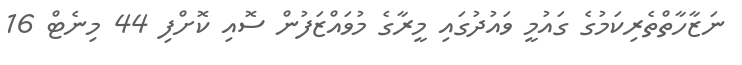
ނަޒާހާތްތެރިކަމުގެ ގައުމީ ވައުދުގައި މީރާގެ މުވައްޒަފުން ސޮއި ކޮށްފި 44 މިނެޓް 16